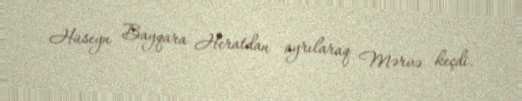
Hüseyn Bayqara Heratdan ayrılaraq Mərvə keçdi.